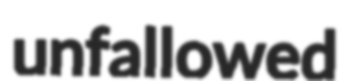
unfallowed